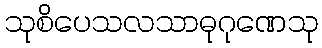
သုစိပေသလသာဓုဂုဏေသု